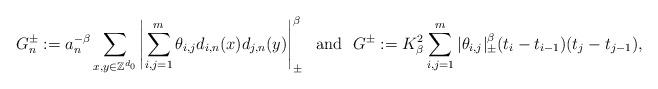
LaTeX: \begin{align*}G_n^\pm:=a_n^{-\beta} \sum_{x,y\in\mathbb Z^{d_0}}\left|\sum_{i,j=1}^m\theta_{i,j}d_{i,n}(x)d_{j,n}(y)\right|_\pm^\beta\ \ \mbox{and}\ \ G^\pm:= K_\beta^2\sum_{i,j=1}^m|\theta_{i,j}|_\pm^\beta(t_i-t_{i-1})(t_j-t_{j-1}),\end{align*}